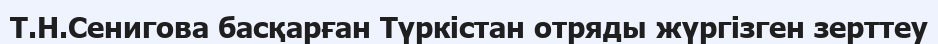
Т.Н.Сенигова басқарған Түркістан отряды жүргізген зерттеу